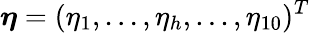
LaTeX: \boldsymbol{\eta}=(\eta_{1},...,\eta_{h},...,\eta_{10})^{T}